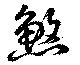
殺